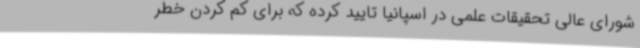
شورای عالی تحقیقات علمی در اسپانیا تایید کرده که برای کم کردن خطر